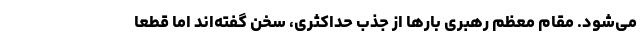
می‌شود. مقام معظم رهبری بارها از جذب حداکثری، سخن گفته‌اند اما قطعا